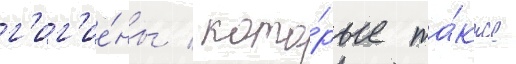
г'иг'ие́ны / кото́рые та́кже